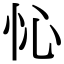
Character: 㤈